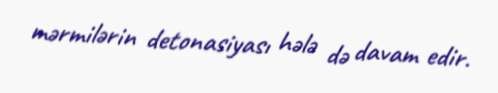
mərmilərin detonasiyası hələ də davam edir.